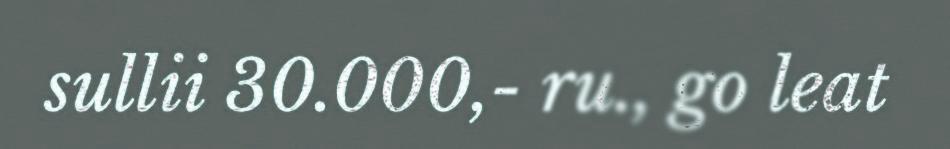
sullii 30.000,- ru., go leat